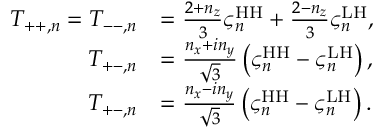
\begin{array} { r l } { T _ { + + , n } = T _ { -- , n } } & { = \frac { 2 + n _ { z } } { 3 } \varsigma _ { n } ^ { \mathrm { H H } } + \frac { 2 - n _ { z } } { 3 } \varsigma _ { n } ^ { \mathrm { L H } } , } \\ { T _ { + - , n } } & { = \frac { n _ { x } + i n _ { y } } { \sqrt { 3 } } \left( \varsigma _ { n } ^ { \mathrm { H H } } - \varsigma _ { n } ^ { \mathrm { L H } } \right) , } \\ { T _ { + - , n } } & { = \frac { n _ { x } - i n _ { y } } { \sqrt { 3 } } \left( \varsigma _ { n } ^ { \mathrm { H H } } - \varsigma _ { n } ^ { \mathrm { L H } } \right) . } \end{array}